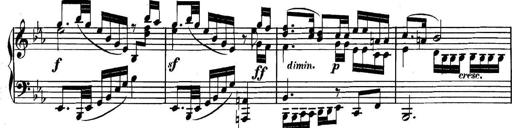
Title: Collected Piano Sonatas
Composer: Muzio Clementi